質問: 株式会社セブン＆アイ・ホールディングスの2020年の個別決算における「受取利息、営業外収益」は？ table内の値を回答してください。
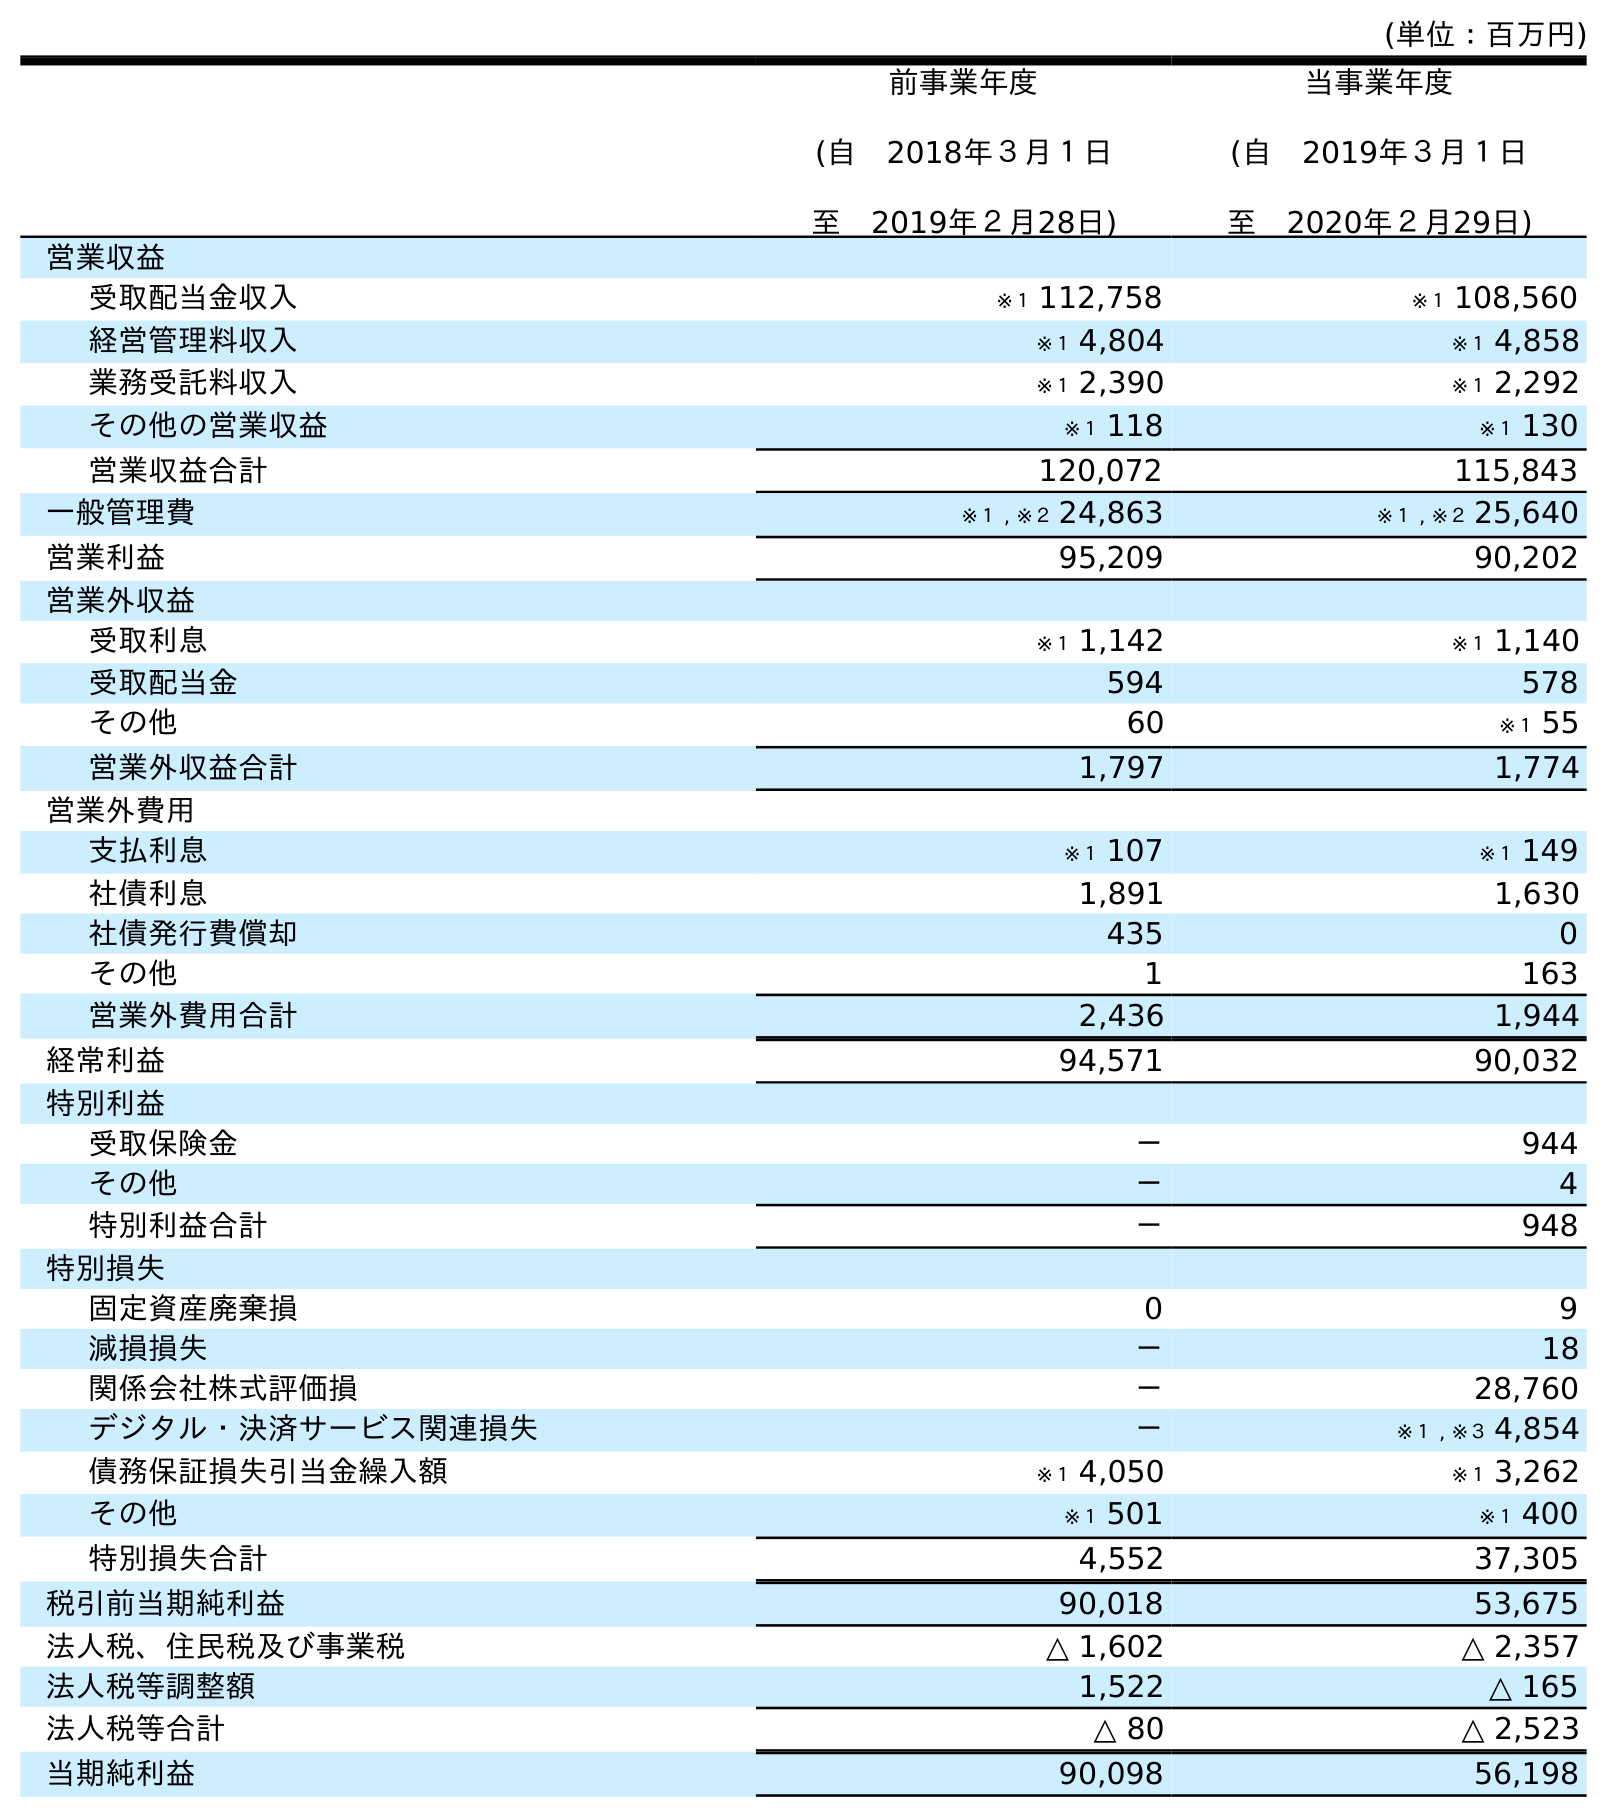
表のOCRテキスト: (単位：百万円) 前事業年度 (自 2018年３月１日 至 2019年２月28日) 当事業年度 (自 2019年３月１日 至 2020年２月29日) 営業収益 受取配当金収入 ※１ 112,758 ※１ 108,560 経営管理料収入 ※１ 4,804 ※１ 4,858 業務受託料収入 ※１ 2,390 ※１ 2,292 その他の営業収益 ※１ 118 ※１ 130 営業収益合計 120,072 115,843 一般管理費 ※１ , ※２ 24,863 ※１ , ※２ 25,640 営業利益 95,209 90,202 営業外収益 受取利息 ※１ 1,142 ※１ 1,140 受取配当金 594 578 その他 60 ※１ 55 営業外収益合計 1,797 1,774 営業外費用 支払利息 ※１ 107 ※１ 149 社債利息 1,891 1,630 社債発行費償却 435 0 その他 1 163 営業外費用合計 2,436 1,944 経常利益 94,571 90,032 特別利益 受取保険金 － 944 その他 － 4 特別利益合計 － 948 特別損失 固定資産廃棄損 0 9 減損損失 － 18 関係会社株式評価損 － 28,760 デジタル・決済サービス関連損失 － ※１ , ※３ 4,854 債務保証損失引当金繰入額 ※１ 4,050 ※１ 3,262 その他 ※１ 501 ※１ 400 特別損失合計 4,552 37,305 税引前当期純利益 90,018 53,675 法人税、住民税及び事業税 △ 1,602 △ 2,357 法人税等調整額 1,522 △ 165 法人税等合計 △ 80 △ 2,523 当期純利益 90,098 56,198
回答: ※１1,140